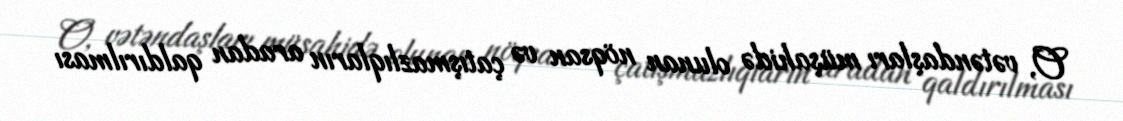
O, vətəndaşları müşahidə olunan nöqsan və çatışmazlıqların aradan qaldırılması